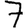
Digit: 7